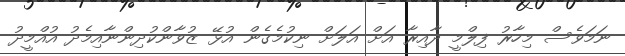
ނަމަވެސް މިހާރު ފިލްމީ ދާއިރާ އަށް އަލަށް ނިކުމެގެން އުޅޭ ޒުވާންކުދިންނާއިމެދު އުއްމީދު